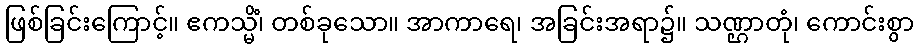
ဖြစ်ခြင်းကြောင့်။ ဧကသ္မိံ၊ တစ်ခုသော။ အာကာရေ၊ အခြင်းအရာ၌။ သဏ္ဌာတုံ၊ ကောင်းစွာ